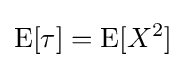
\operatorname {E} [\tau ]=\operatorname {E} [X^{2}]